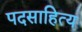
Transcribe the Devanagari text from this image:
पदसाहित्य